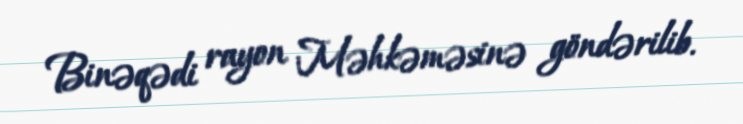
Binəqədi rayon Məhkəməsinə göndərilib.